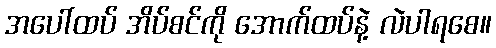
အပေါ်ထပ် အိပ်စင်ကို အောက်ထပ်နဲ့ လဲပါရစေ။